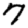
Digit: 7